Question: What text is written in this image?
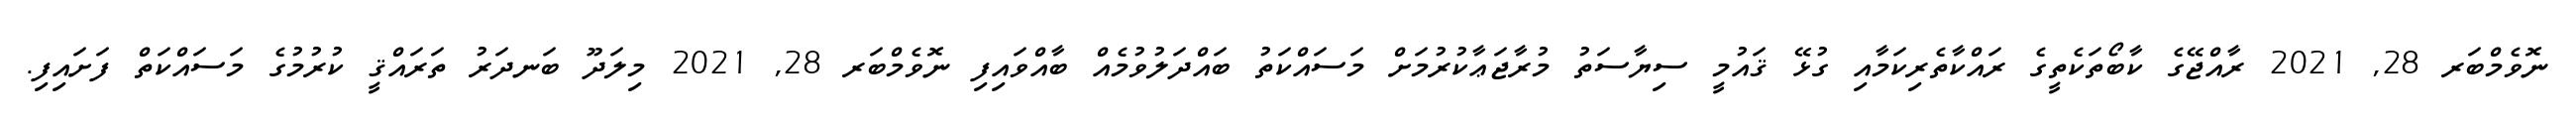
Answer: ނޮވެމްބަރ 28, 2021 ރާއްޖޭގެ ކާބޯތަކެތީގެ ރައްކާތެރިކަމާއި ގުޅޭ ޤައުމީ ސިޔާސަތު މުރާޖަޢާކުރުމަށް މަސައްކަތު ބައްދަލުވުމެއް ބާއްވައިފި ނޮވެމްބަރ 28, 2021 މިލަދޫ ބަނދަރު ތަރައްޤީ ކުރުމުގެ މަސައްކަތް ފަށައިފި.